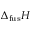
\Delta _ { \mathrm { { f u s } } } H